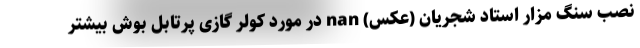
نصب سنگ مزار استاد شجریان (عکس) nan در مورد کولر گازی پرتابل بوش بیشتر